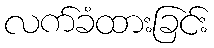
လက်ခံထားခြင်း